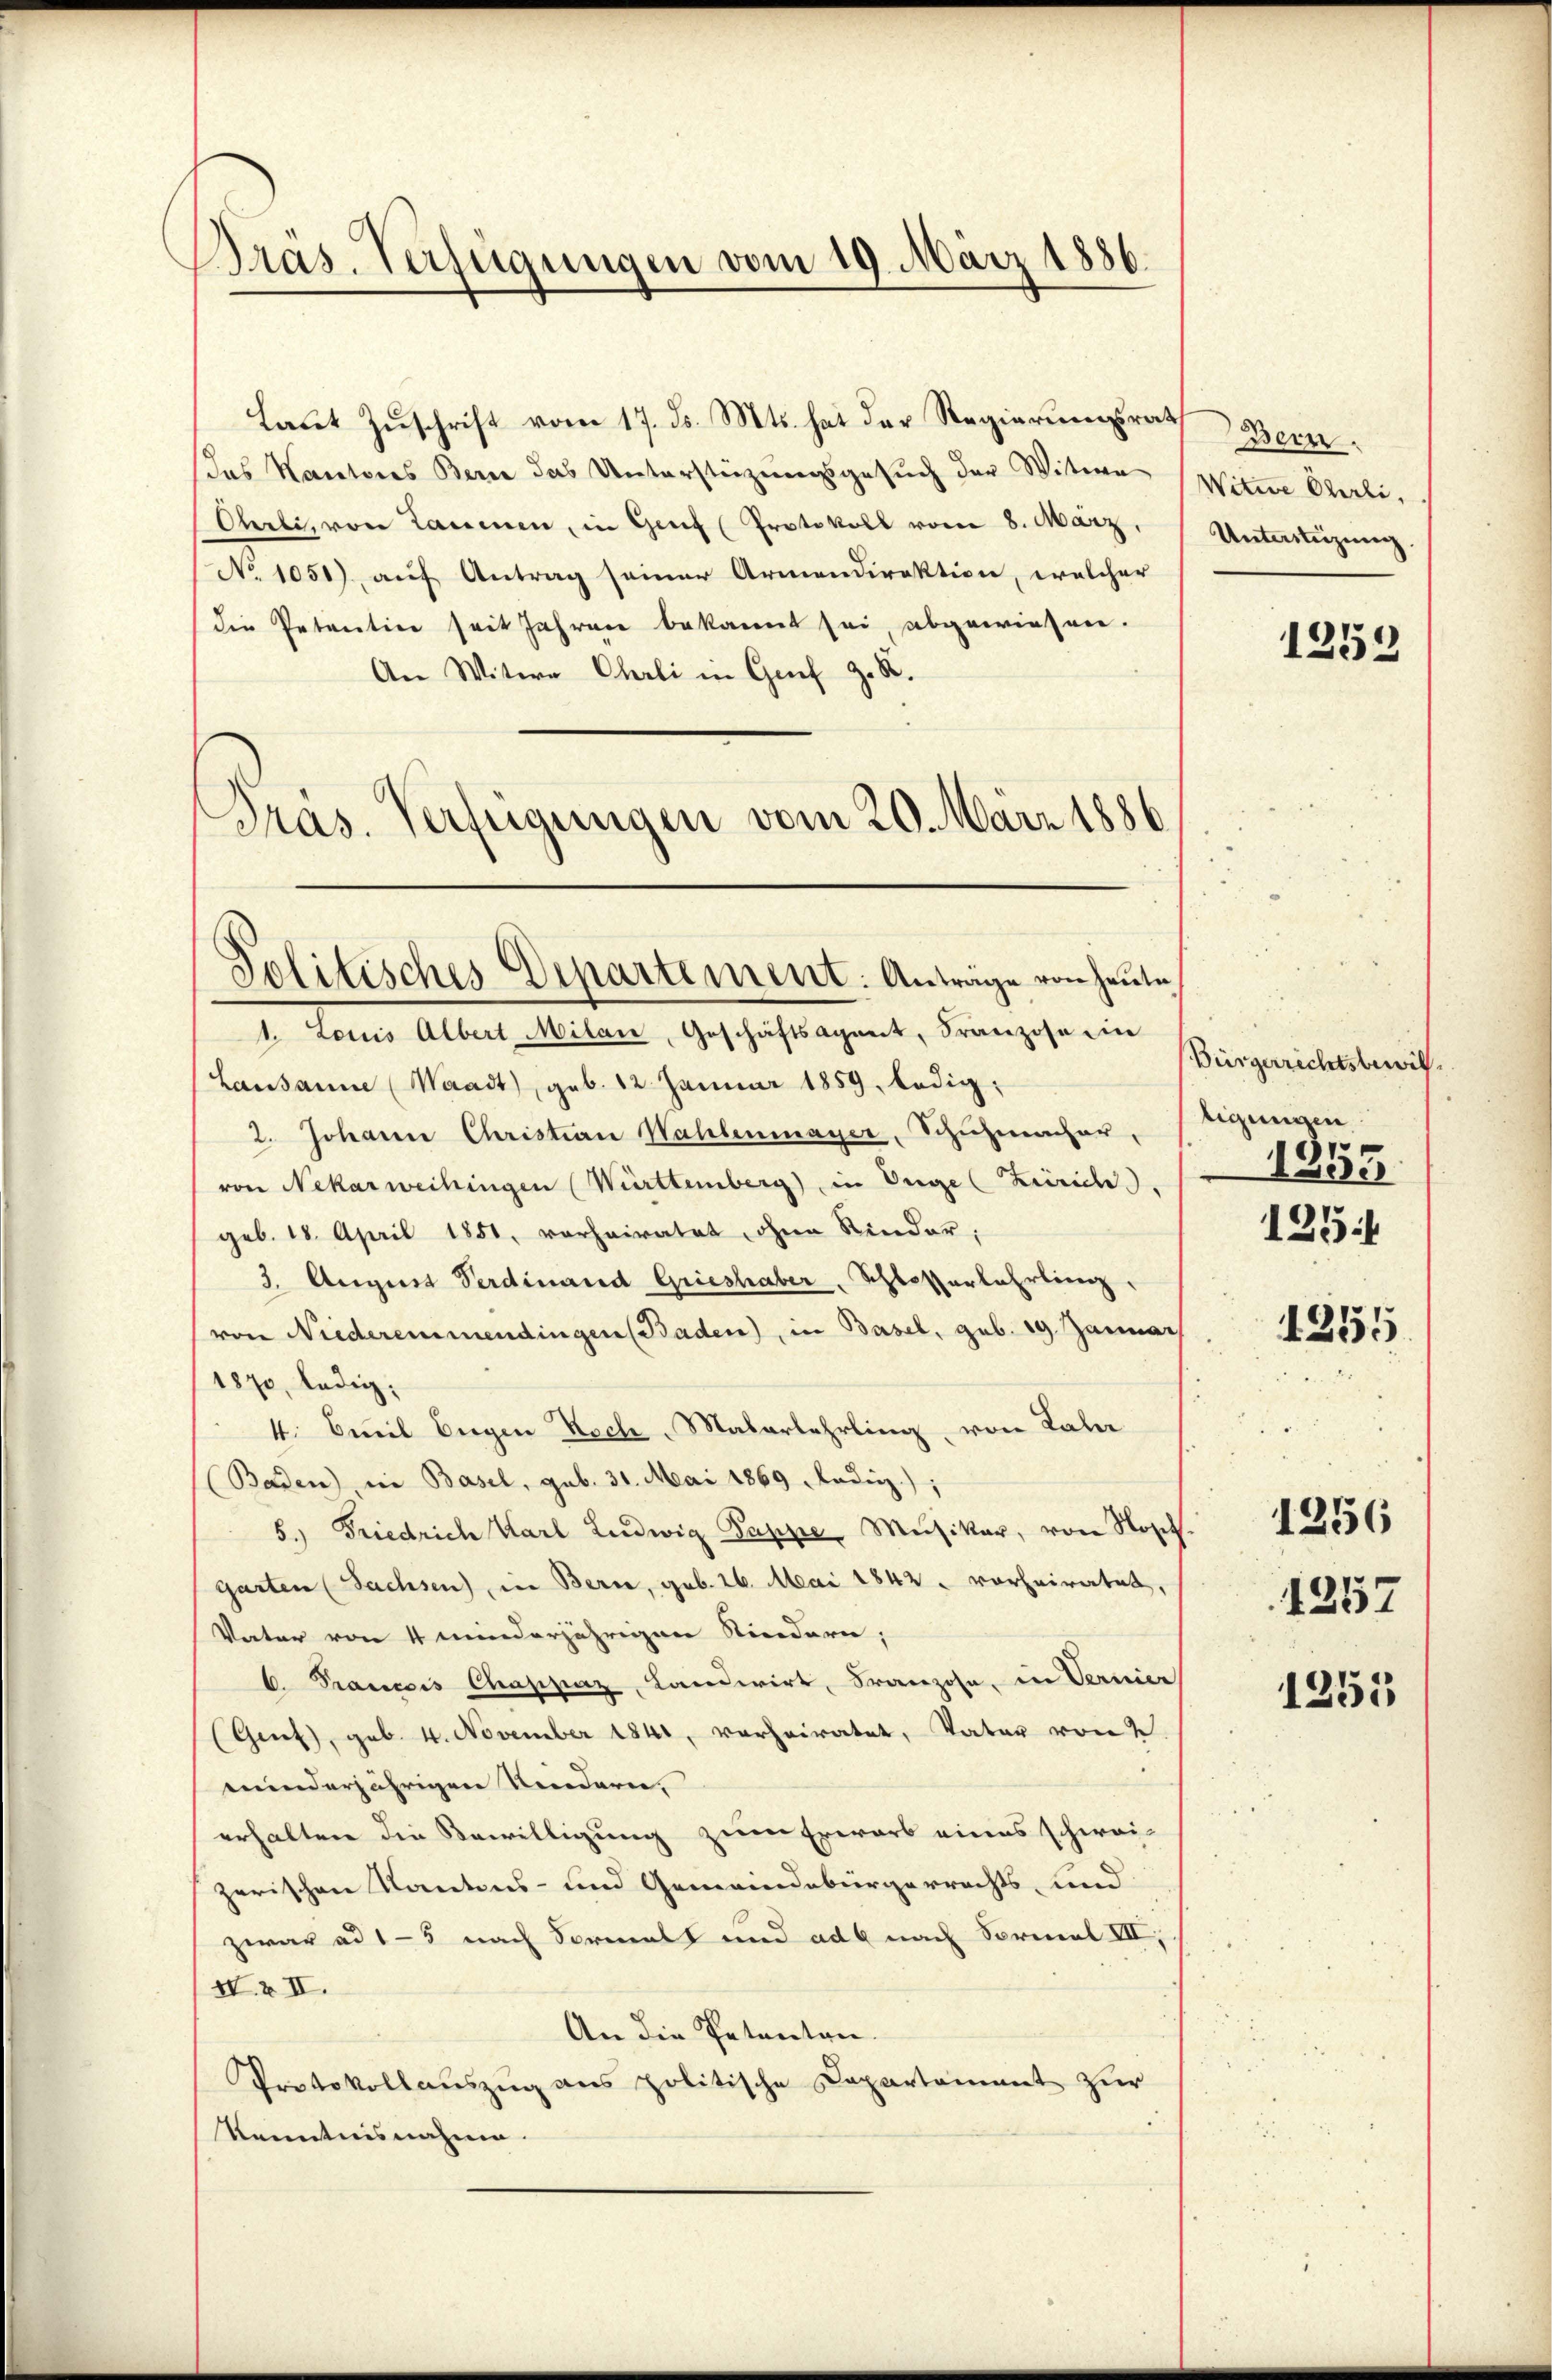
Bras. Verfügungen vom 19. März 1886.

Laut Zuschrift vom 17. ds. Mts. hat der Regierungsrath Berndas Kantones Bern das Unterstützungsgesŭch der Witwe
Ohrli, von Lammen, in Genf (Protokoll vom 8. März,
No 1051), auf Antrag seiner Armendirektion, welcher
die Petention seit Jahren bekannt sei, abgewiesen.
An Witwe Chrli in Genf z. R.
Präs. Verfügungen vom 20. März 1886

Politisches Departement: Antrage von heute

Witwe Ohrli,
Unterstüzung

1. Louis Albert Milan, Geschäftsagent, Franzose ein
Lausanne (Waadt, geb. 12. Januar 1859, ledig¬
2. Johann Christian Wahlenmayer, Schuhmacher, tigungen
von Nekarweihungen Württemberg) in Enge (Zürich.
geb. 18. April 1851, vorheiratet, ohne Rinder,
3. August Verdinand Grieshaber, Schlosserlahrling.
von Niederemmendingen Baden), in Basel, geb. 19. Januar
1870, ledig,
4. Creil Eigen Nach Malerlehrling, von Kale
Baden) in Basel, sub. 31. Mai 1869 Ladig);
5.) Friedrich Karl Ludwig Puppe, Musiker, von Roset.
garten (Sachsen, in Bern, geb. 16. Mai 1842 vorheiratet,
Vater von 4 minderjährigen Niedern;
C. Francis Chappaz, Landwirt, Franzose, in Vernier
(Genf), geb. 4. November 1841, verheiratet, Vater von 2
winderjährigen Kindern,
erhalten die Bewilligung zum Erwarb eines schwei-
zerischen Kantons- und Gemeindebürgerrechts, und
zwar ad 1-3 nach Vormals und ad nach Formal VII,
IV. Z II.
An die Petenten
Protokollauszug aus politische Capartement zur
Kenntnisnahme.

1259

Bürgerrechtsbewill.
1253
1254

1255

1256

1257
1253